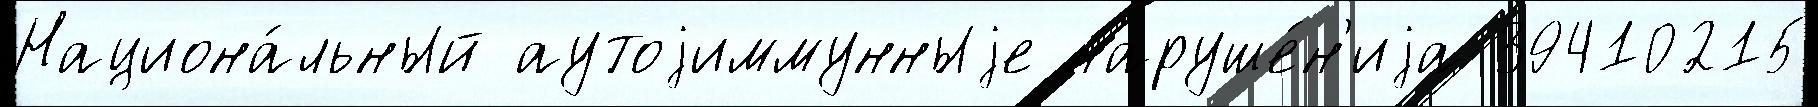
Национа́льный аутоjиммунныjе наруше́н'иjа 39410215